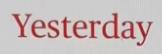
Yesterday